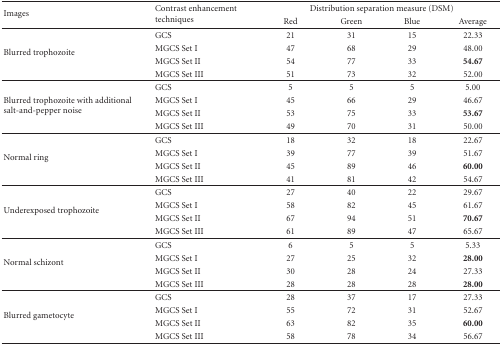
<table><thead><tr><td rowspan="2"><b>Images</b></td><td rowspan="2"><b>Contrast enhancement techniques</b></td><td colspan="4"><b>Distribution separation measure (DSM)</b></td></tr><tr><td><b>Red</b></td><td><b>Green</b></td><td><b>Blue</b></td><td><b>Average</b></td></tr></thead><tbody><tr><td rowspan="4">Blurred trophozoite</td><td>GCS</td><td>21</td><td>31</td><td>15</td><td>22.33</td></tr><tr><td>MGCS Set I</td><td>47</td><td>68</td><td>29</td><td>48.00</td></tr><tr><td>MGCS Set II</td><td>54</td><td>77</td><td>33</td><td><b>54.67</b></td></tr><tr><td>MGCS Set III</td><td>51</td><td>73</td><td>32</td><td>52.00</td></tr><tr><td rowspan="4">Blurred trophozoite with additional salt-and-pepper noise</td><td>GCS</td><td>5</td><td>5</td><td>5</td><td>5.00</td></tr><tr><td>MGCS Set I</td><td>45</td><td>66</td><td>29</td><td>46.67</td></tr><tr><td>MGCS Set II</td><td>53</td><td>75</td><td>33</td><td><b>53.67</b></td></tr><tr><td>MGCS Set III</td><td>49</td><td>70</td><td>31</td><td>50.00</td></tr><tr><td rowspan="4">Normal ring</td><td>GCS</td><td>18</td><td>32</td><td>18</td><td>22.67</td></tr><tr><td>MGCS Set I</td><td>39</td><td>77</td><td>39</td><td>51.67</td></tr><tr><td>MGCS Set II</td><td>45</td><td>89</td><td>46</td><td><b>60.00</b></td></tr><tr><td>MGCS Set III</td><td>41</td><td>81</td><td>42</td><td>54.67</td></tr><tr><td rowspan="4">Underexposed trophozoite</td><td>GCS</td><td>27</td><td>40</td><td>22</td><td>29.67</td></tr><tr><td>MGCS Set I</td><td>58</td><td>82</td><td>45</td><td>61.67</td></tr><tr><td>MGCS Set II</td><td>67</td><td>94</td><td>51</td><td><b>70.67</b></td></tr><tr><td>MGCS Set III</td><td>61</td><td>89</td><td>47</td><td>65.67</td></tr><tr><td rowspan="4">Normal schizont</td><td>GCS</td><td>6</td><td>5</td><td>5</td><td>5.33</td></tr><tr><td>MGCS Set I</td><td>27</td><td>25</td><td>32</td><td><b>28.00</b></td></tr><tr><td>MGCS Set II</td><td>30</td><td>28</td><td>24</td><td>27.33</td></tr><tr><td>MGCS Set III</td><td>28</td><td>28</td><td>28</td><td><b>28.00</b></td></tr><tr><td rowspan="4">Blurred gametocyte</td><td>GCS</td><td>28</td><td>37</td><td>17</td><td>27.33</td></tr><tr><td>MGCS Set I</td><td>55</td><td>72</td><td>31</td><td>52.67</td></tr><tr><td>MGCS Set II</td><td>63</td><td>82</td><td>35</td><td><b>60.00</b></td></tr><tr><td>MGCS Set III</td><td>58</td><td>78</td><td>34</td><td>56.67</td></tr></tbody></table>